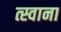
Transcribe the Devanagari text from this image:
त्स्वाना